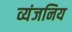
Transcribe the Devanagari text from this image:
व्यंजनिय